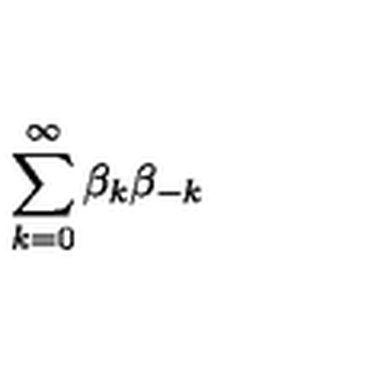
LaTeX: \sum _ { k = 0 } ^ { \infty } \beta _ { k } \beta _ { - k }